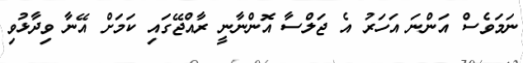
ނަމަވެސް އަންނަ އަހަރު އެ ޖަލްސާ އޮންނާނީ ރާއްޖޭގައި ކަމަށް އޭނާ ވިދާޅުވި